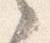
之